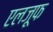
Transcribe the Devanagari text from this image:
एलजूफ